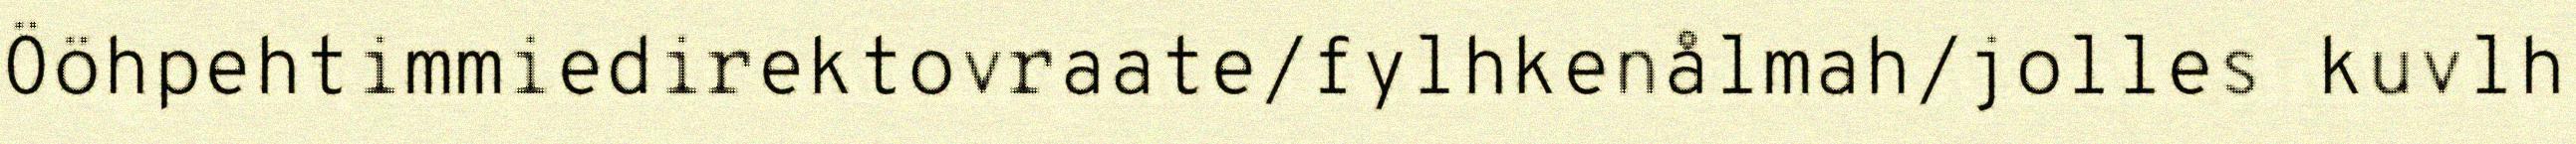
Ööhpehtimmiedirektovraate/fylhkenålmah/jolles kuvlh